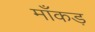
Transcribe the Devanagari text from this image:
माँकड़